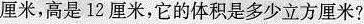
厘米，它的体积是多少立方厘米?